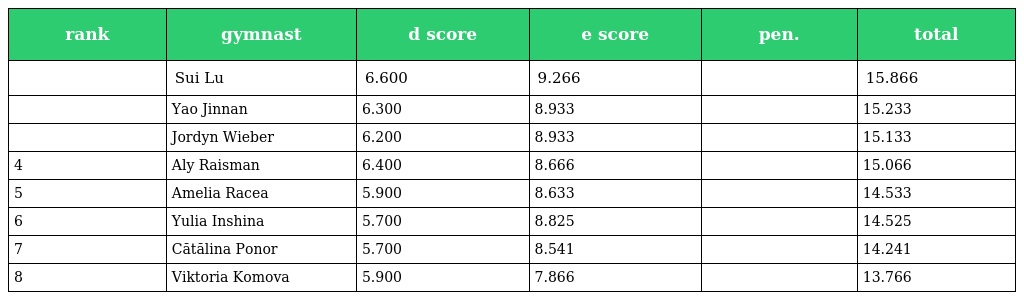
| rank | gymnast | d score | e score | pen. | total |
 | --- | --- | --- | --- | --- | --- |
 |  | Sui Lu | 6.600 | 9.266 |  | 15.866 |
 |  | Yao Jinnan | 6.300 | 8.933 |  | 15.233 |
 |  | Jordyn Wieber | 6.200 | 8.933 |  | 15.133 |
 | 4 | Aly Raisman | 6.400 | 8.666 |  | 15.066 |
 | 5 | Amelia Racea | 5.900 | 8.633 |  | 14.533 |
 | 6 | Yulia Inshina | 5.700 | 8.825 |  | 14.525 |
 | 7 | Cătălina Ponor | 5.700 | 8.541 |  | 14.241 |
 | 8 | Viktoria Komova | 5.900 | 7.866 |  | 13.766 |